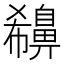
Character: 𪖪